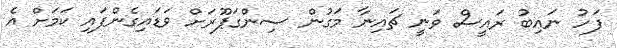
ފަހު ނައިބު ރައީސް ވަނީ ޗައިނާ މަގުން ސިންގަޕޫރަށް ވަޑައިގެންފައި ކަމަށް އެ